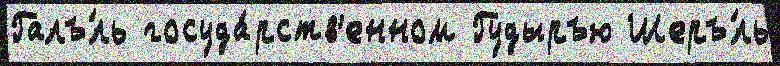
Галъ́ль госуда́рств'енном Гудыръю Шеръ́ль